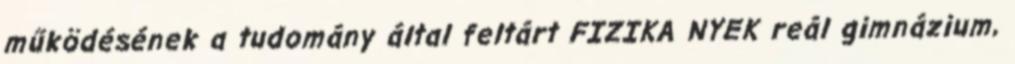
működésének a tudomány által feltárt FIZIKA NYEK reál gimnázium,